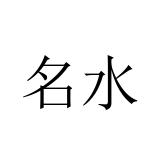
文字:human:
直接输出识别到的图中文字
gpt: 名水